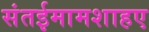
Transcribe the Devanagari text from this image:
संतईमामशाहए